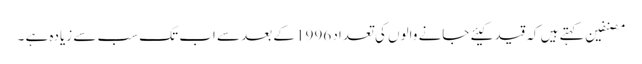
مصنفین کہتے ہیں کہ قید کیئے جانے والوں کی تعداد 1996 کے بعد سے اب تک سب سے زیادہ ہے ۔